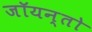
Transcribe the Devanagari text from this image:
जॉयन्तो